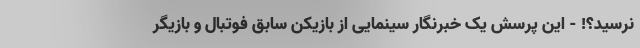
نرسید؟! - این پرسش یک خبرنگار سینمایی از بازیکن سابق فوتبال و بازیگر